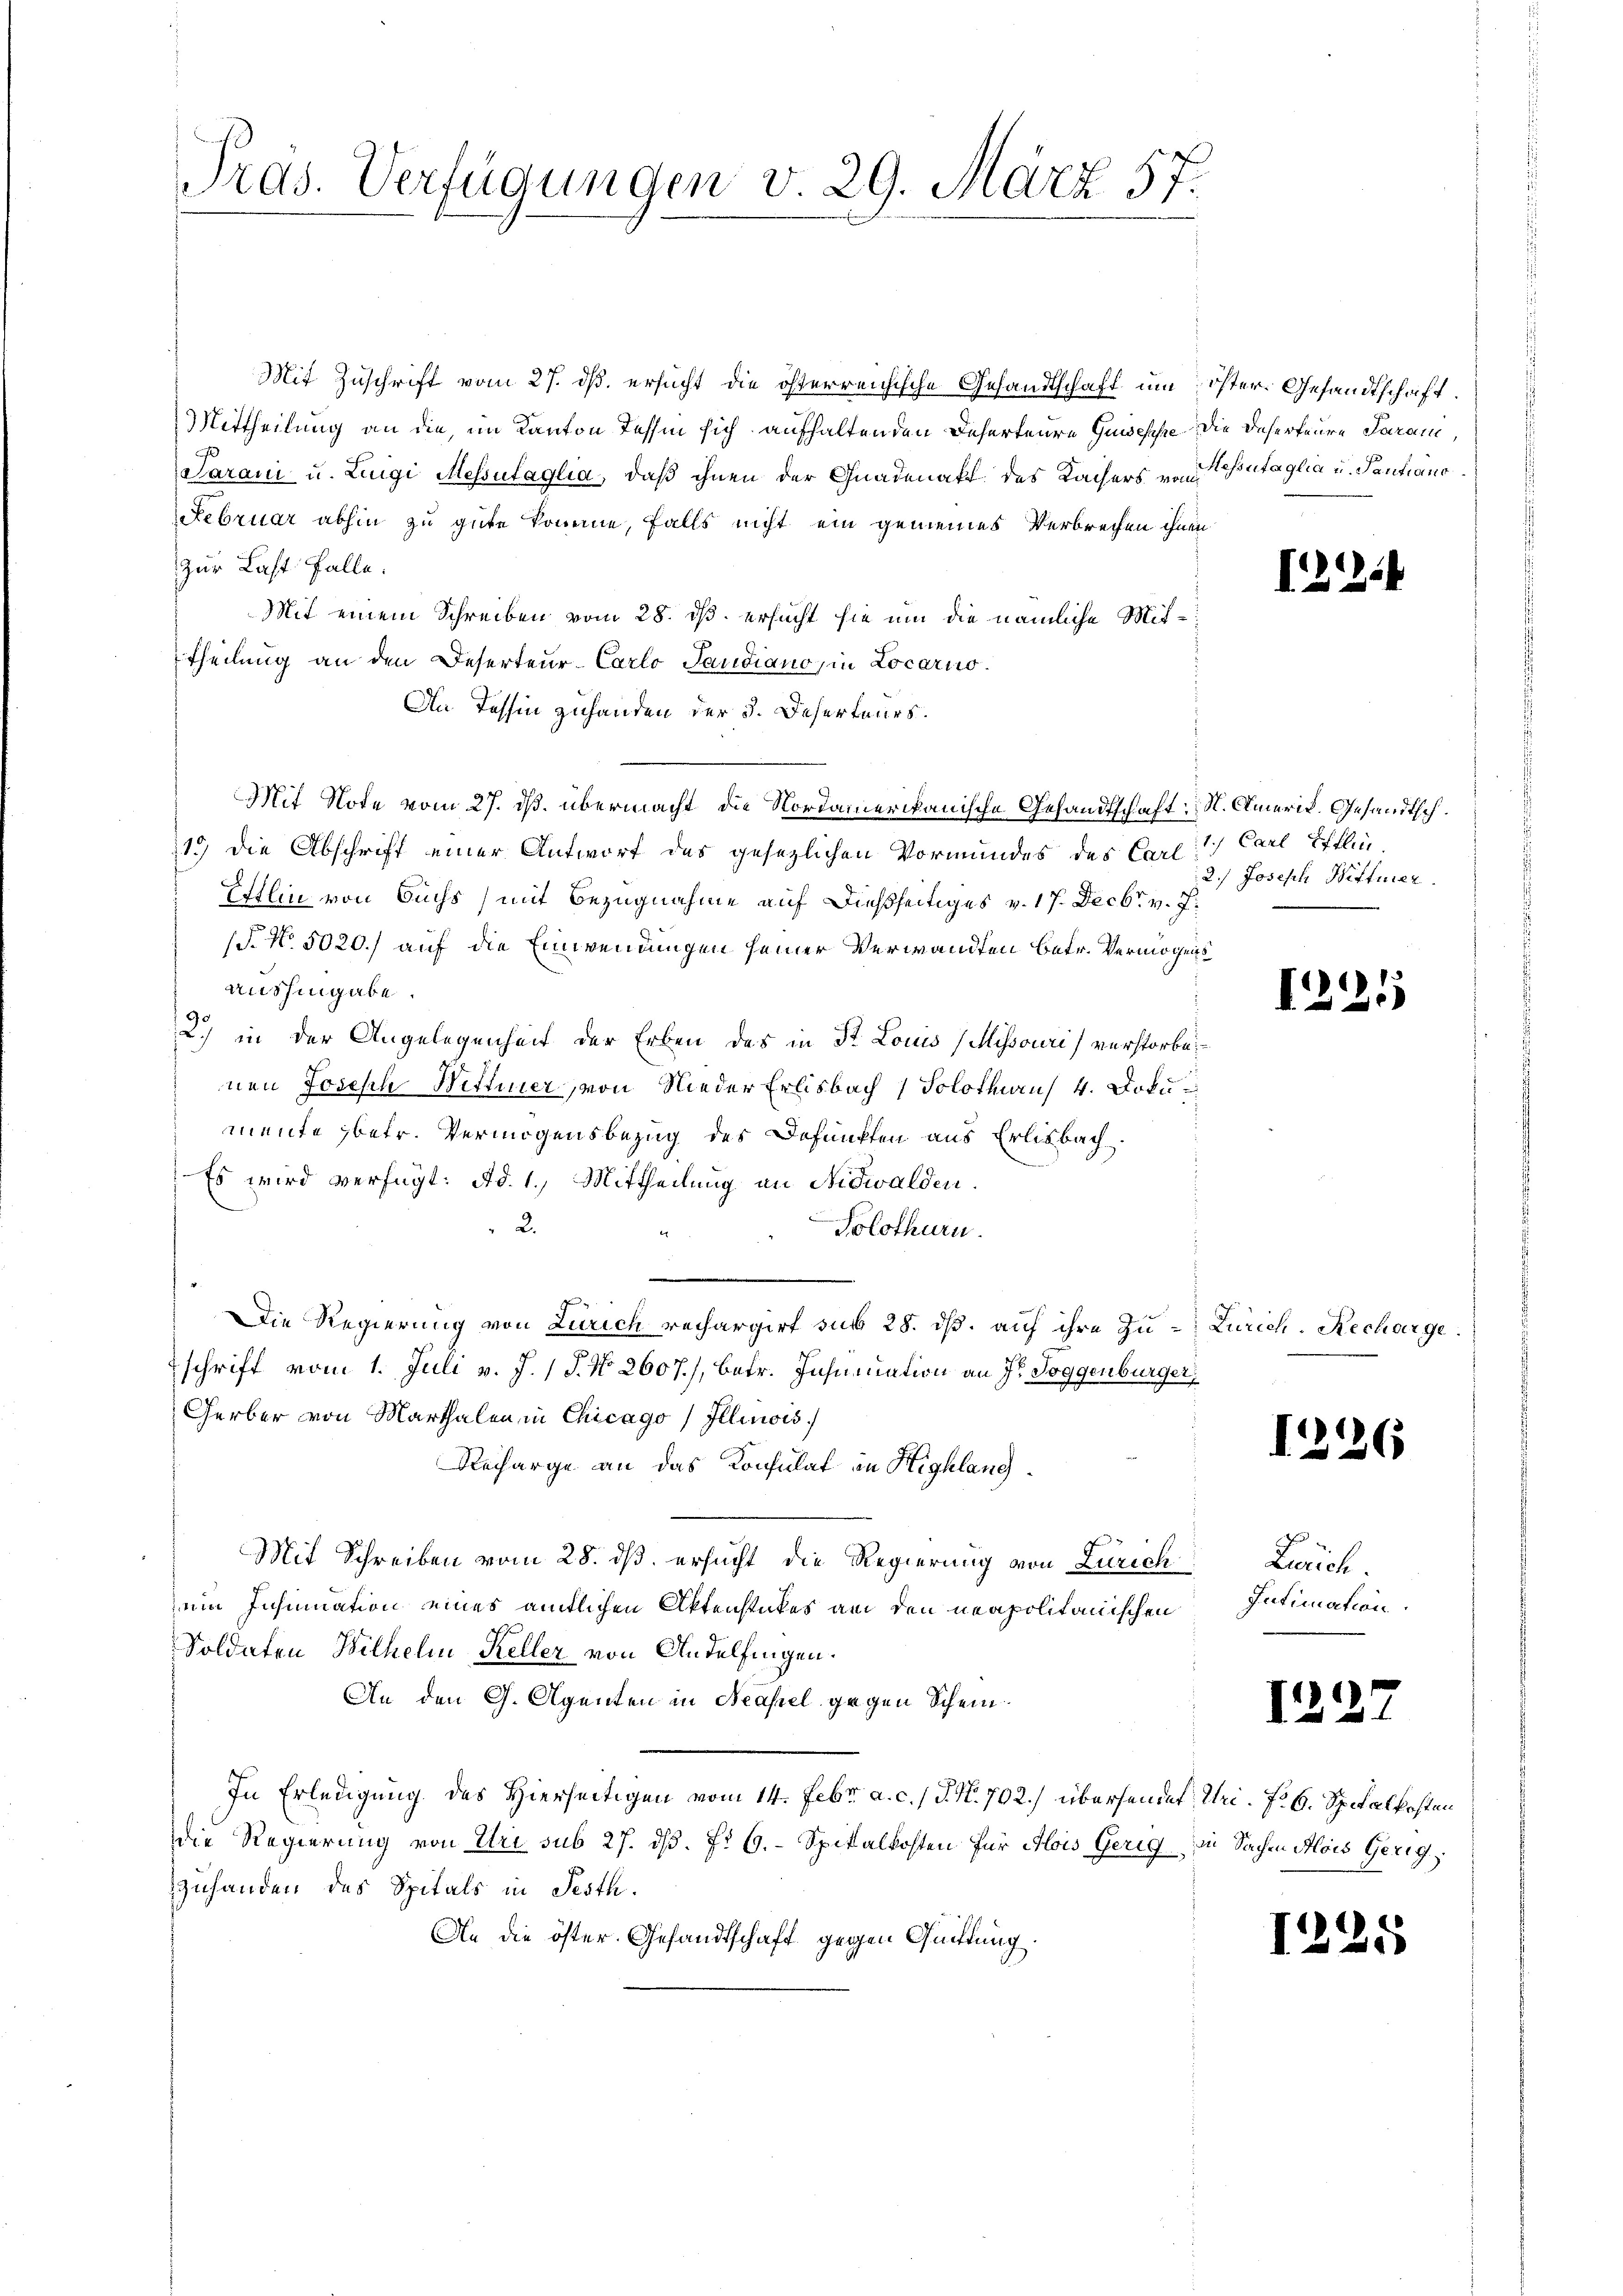
Pras. Verfügungen v. 29. März 57.

Mit Zuschrift vom 27. ds. ersucht die österreichische Gesandtschaft um öster. Gesandtschaft.
Mittheilung an die, im Kanton Tessin sich aufhaltenden Deserteure Guisesche die Deserteure Param,
Sarani u. Luigi Messutaglia, daß ihnen der Gnadenakt des Kaisers von Resutaglia u. Santiano
Februar abhin zu gute komme, falls nicht ein gemeines Verbrechen ihnen
zur Last falle.
Mit einem Schreiben vom 28. ds. ersucht sie um die nämliche Mit¬
Theilung an den Deserteur-Carlo Taudiano, in Locarno¬
An Tessin zuhanden der 3. Deserteurs.
Mit Note vom 27. ds. übermacht, die Nordamerikanische Gesandtschaft. N. Amerik. Gesandtsch¬
119) Die Abschrift einer Antwort des gesezlichen Vormundes des Carl Carl Efflin
Ettlin von Buchs (mit Bezugnahme auf dießseitiges v. 17. Decbr. v. J.
(§. No. 5020.) auf die Einwendungen seiner Verwandten betr. Vermögens
aushingabe.
2.) in der Angelegenheit der Erben des in St. Louis (Mihsouri verstorbe
nen Joseph Wittmer, von Nieder Erlisbach Solothaus 4. Documente betr. Vermögensbezug des Befunkten aus Erlisbach.
Es wird verfügt: Ad. 1. Mittheilung an Nidwalden.
2.
Solothurn.
Die Regierung von Zürich rechargirt sub 28. dβ aŭf ihre Zu- Zürich. Rechargeschrift vom 1. Juli v. J. P. No. 2607), betr. Inhumation an Hr. Toggenbürger,
Gerber von Marthalen in Chicago Illinois
Recharge an das Konsulat in Highlang
Mit Schreiben vom 28. ds. ersucht die Regierung von Zürich
ein Insinuation eines amtlichen Aktenstückes an den neapolitanischen
Soldaten Wilhelm Keller von Andelfingen.
An den G. Agenten in Neapel gegen Schein
In Erledigung des Hierseitigen vom 14. Febr. a. c. J. N. 702. übersendet, Uri. 726. Spitalkosten
die Regierung von Uri sub 27. ds. f. 6. Spitalkosten für Alois Gerig. In Sachen Alois Gerig
zuhanden des Spitals in Festh.
An die öster. Gesandtschaft gegen Quittung.

2.) Joseph Wittmer.

12.

Zürich.
Intimation.

12

12.

13

124

¬

1

6

5